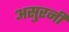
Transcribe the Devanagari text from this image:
असुरनी